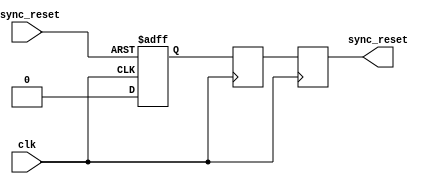
module async_reset_synchronizer (
    input wire async_reset, // Asynchronous reset signal
    input wire clk,         // Clock signal
    output reg sync_reset   // Synchronized reset signal
);

    // Internal registers for synchronization
    reg rst_ff1, rst_ff2;

    // Asynchronous reset detection: Reset flip-flops on async_reset
    always @(posedge clk or posedge async_reset) begin
        if (async_reset) begin
            rst_ff1 <= 1'b1; // Assert the first flip-flop on async_reset
        end else begin
            rst_ff1 <= 1'b0; // Deassert the first flip-flop on clk edge
        end
    end

    // Second flip-flop for synchronization
    always @(posedge clk) begin
        rst_ff2 <= rst_ff1; // Capture the first flip-flop output
    end

    // Synchronized reset output
    always @(posedge clk) begin
        sync_reset <= rst_ff2; // Output the synchronized reset signal
    end

endmodule